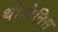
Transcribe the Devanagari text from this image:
थी।वेनिस